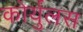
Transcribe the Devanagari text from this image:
कोर्युलस